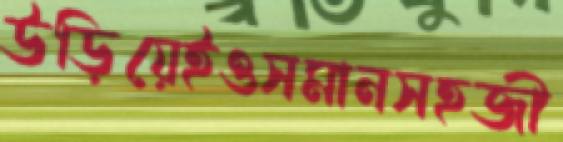
উড়িয়েইওসমানসহজী